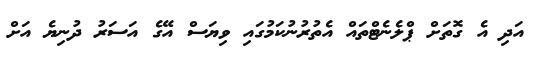
އަދި އެ ގޮތަށް ޕްލެނެޓްތައް އެތުރުނުކަމުގައި ވިޔަސް އޭގެ އަސަރު ދުނިޔެ އަށް